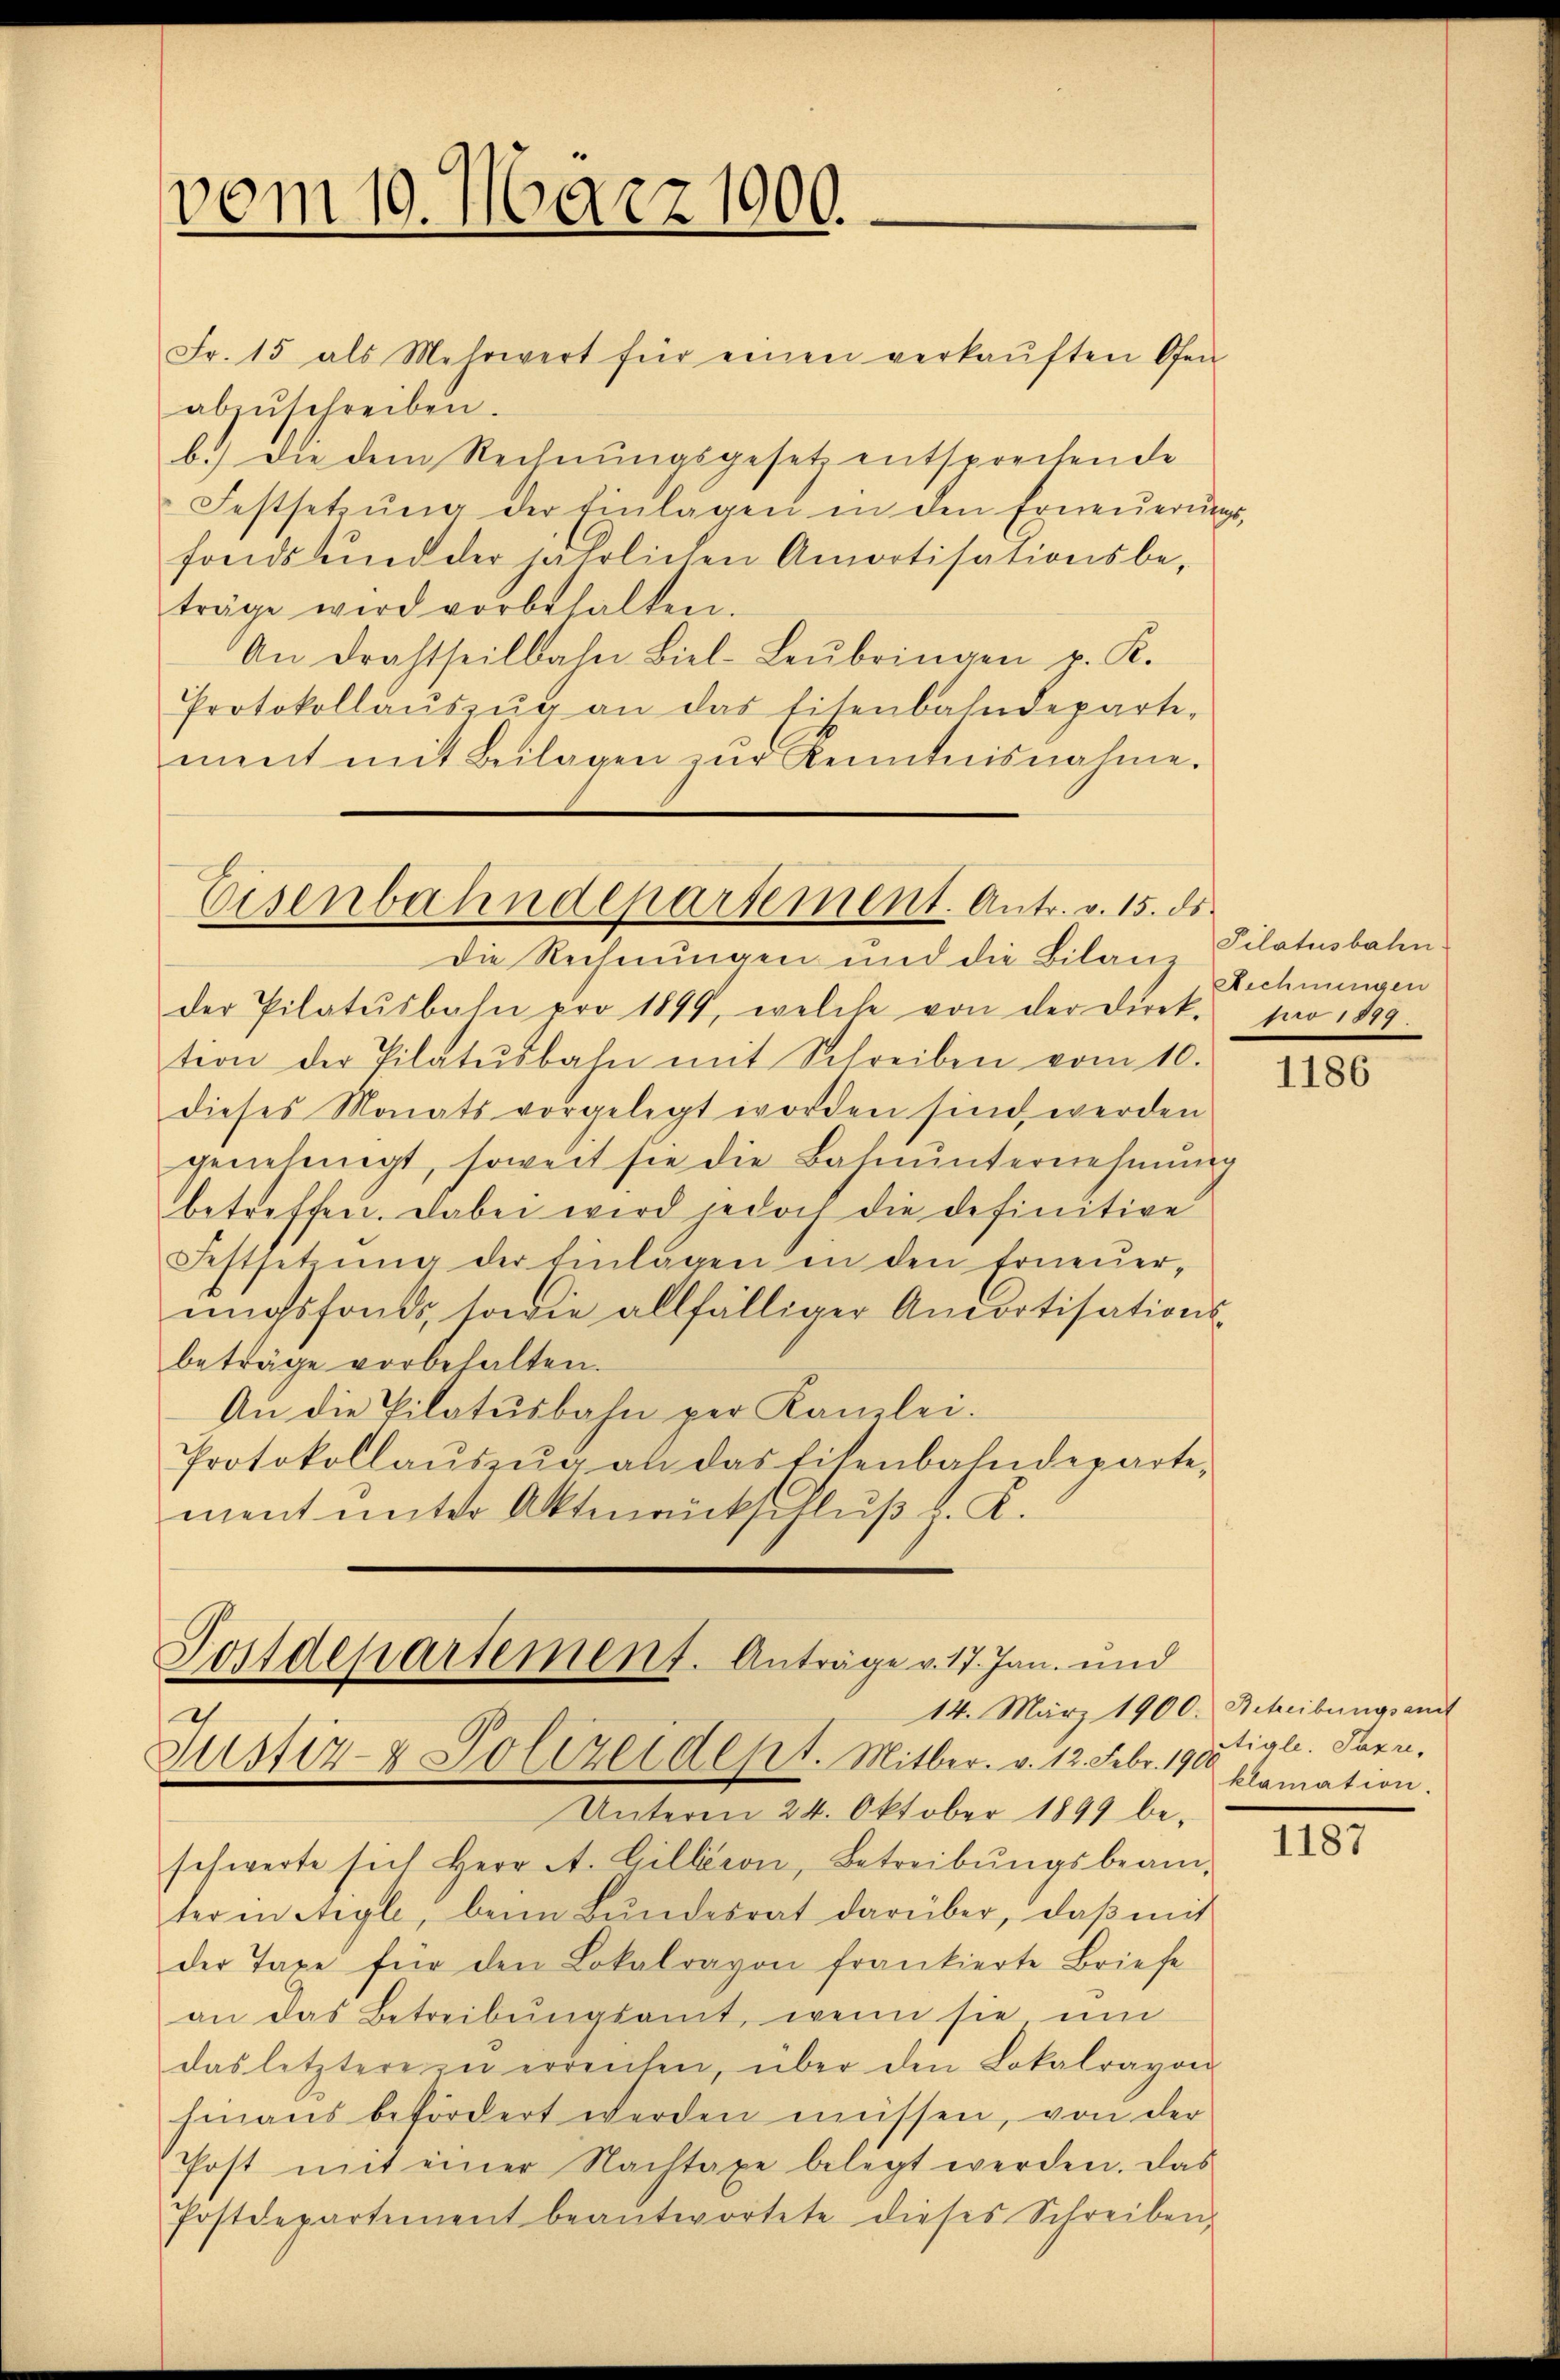
vom 10. März 1900.

Fr. 15 als Mehrwert für einen verkaŭften Ofen
abzŭschreiben.
b.) Die dem Rechnungsgesetz entsprechende
Festsetzŭng der Einlagen in den Erneŭerŭngs-
fonds und der jährlichen Amortisationsbe-
träge wird vorbehalten.
An Drahtheilbahn Biel-Leŭbringen p. K.
Protokollaŭszŭg an das Eisenbahndeparte-
ment mit Beilagen zŭr Kenntnisnahme.

Eisenbahndepartement. Antr. v. 15. ds.

Postdepartement. Anträge v. 17. Jan. und
14. März 1900. Schreibungsamt
Justiz- & Polizeidept. Mitber. v. 12. Febr. 19 klamation.

Die Rechnungen und die Bilanz Pilatusbahn.
der Pilatŭsbahn pro 1899, welche von der Direk- pro 1899.
tion der Pilatŭsbahn mit Schreiben vom 10.
dieses Monats vorgelegt worden sind werden
genehmigt, soweit sie die Bahnunternehmung
betreffen. Dabei wird jedoch die definitive
Festsetzŭng der Einlagen in den Erneŭer-
ungsfonds, sowie allfälliger Amortisations-
beträge vorbehalten.
An die Pilatŭsbahn per Kamlei.
Protokollaŭszŭg an das Eisenbahndeparte,
ment unter Aktenrückschluß d. A.

Unterm 24. Oktober 1899 be-
schwerte sich Herr A. Gillison, Betreibŭngsbeam-
ter in Aigle, beim Bŭndesrat darüber, daβ mit
der Taxe für den Lokalravon frankierte Briefe
an das Betreibŭngsamt, wenn sie ŭm
das letztere zu erreichen, über den Lokalravon
hinaus befördert werden müssen, von der
Post mit einer Nachtaxe belegt werden. Das
Postdepartement beantwortete dieses Schreiben,

Rechnungen

1186

Aigle. Papri¬

1187